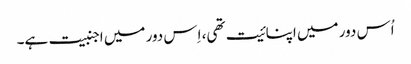
اُس دور میں اپنائیت تھی، اِس دور میں اجنبیت ہے۔